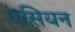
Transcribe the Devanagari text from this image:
एसियन